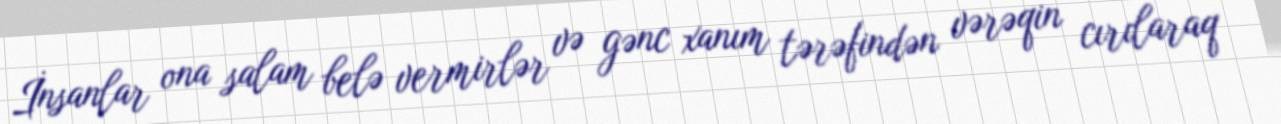
İnsanlar ona salam belə vermirlər və gənc xanım tərəfindən vərəqin cırılaraq